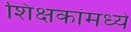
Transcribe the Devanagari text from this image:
शिक्षकांमध्ये